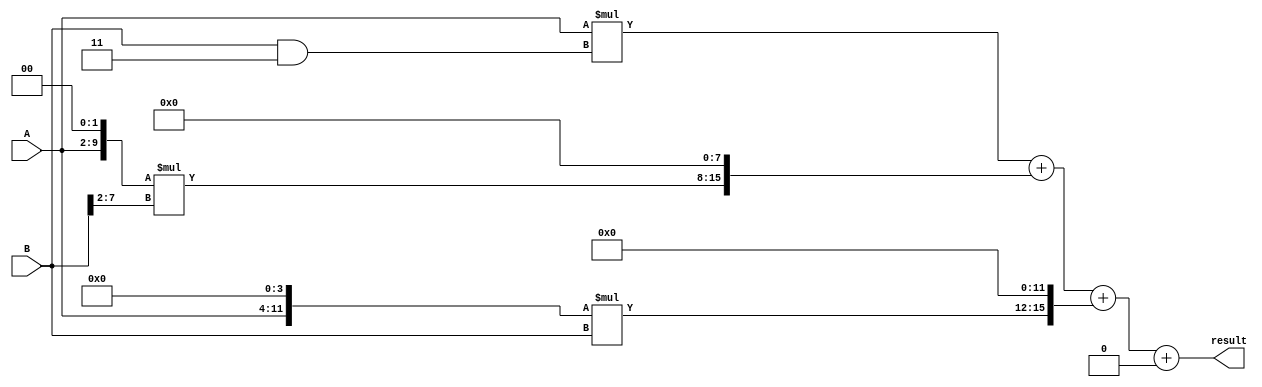
module Radix4Multiplier (
  input wire [7:0] A,
  input wire [7:0] B,
  output reg [15:0] result
);

reg [15:0] partial_product [3:0];
reg [23:0] accumulator;

always @(*)
begin
  // Stage 1
  partial_product[0] = A * (B & 4'b0011);

  // Stage 2
  partial_product[1] = (A << 2) * (B >> 2);
  
  // Stage 3
  partial_product[2] = (A << 4) * B;

  // Stage 4
  partial_product[3] = (A << 6) * (B & 4'b1100);

  // Accumulate partial products
  accumulator = partial_product[0] + (partial_product[1] << 8) + (partial_product[2] << 12) + (partial_product[3] << 16);

  result = accumulator;
end

endmodule